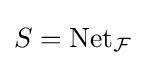
S=\operatorname {Net} _{\mathcal {F}}